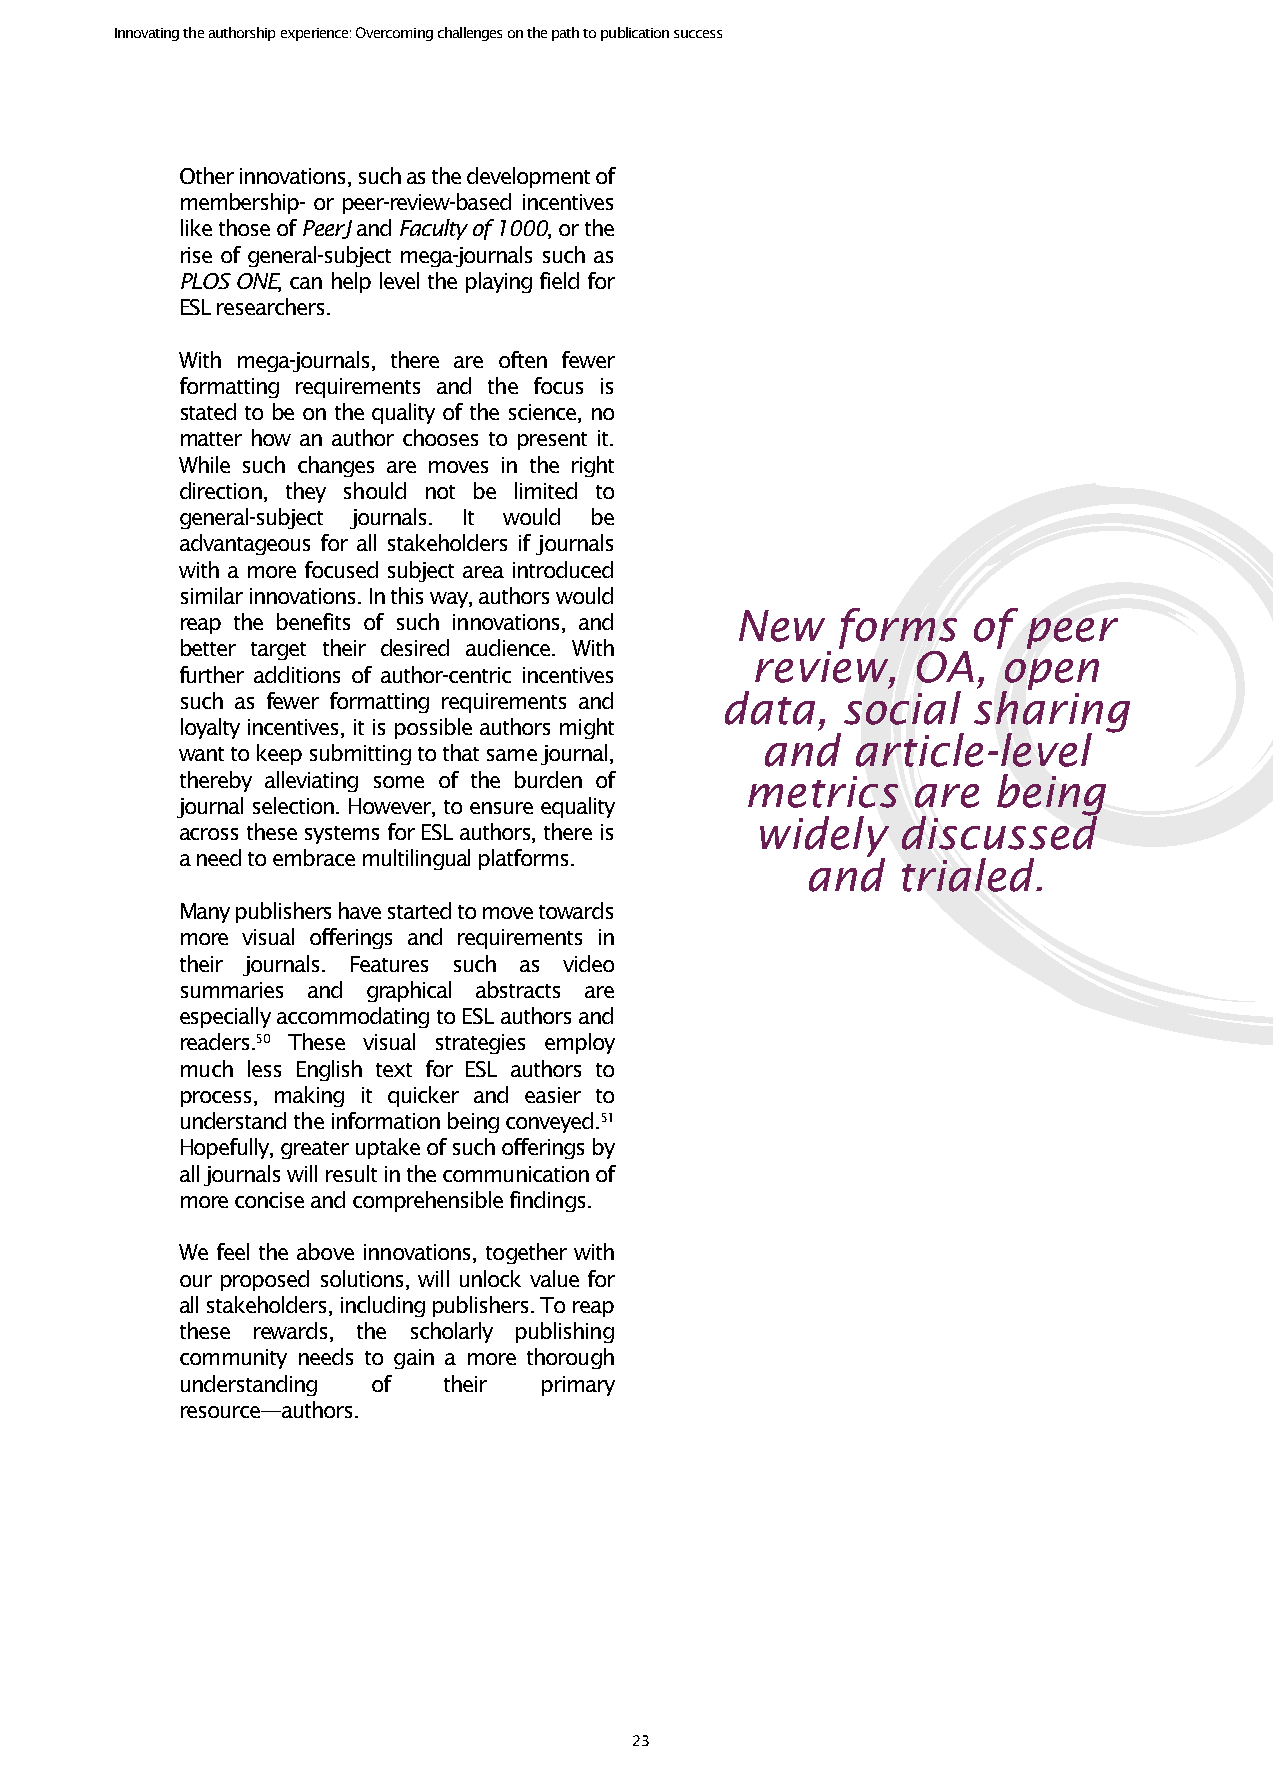
Innovating the authorship experience: Overcoming challenges on the path to publication success
 Other innovations, such as the development of
 membership- or peer-review-based incentives
 like those of PeerJ and Faculty of 1000, or the
 rise of general-subject mega-journals such as
 PLOS ONE, can help level the playing field for
 ESL researchers.
 With mega-journals, there are often fewer
 formatting requirements and the focus is
 stated to be on the quality of the science, no
 matter how an author chooses to present it.
 While such changes are moves in the right
 direction, they should not be limited to
 general-subject journals. It would be
 advantageous for all stakeholders if journals
 with a more focused subject area introduced
 similar innovations. In this way, authors would
 reap the benefits of such innovations, and New forms of peer
 better target their desired audience. With
 review,   OA,   open
 further additions of author-centric incentives
 such as fewer formatting requirements and data, social sharing
 loyalty incentives, it is possible authors might
 and   article-level
 want to keep submitting to that same journal,
 thereby alleviating some of the burden of metrics are being
 journal selection. However, to ensure equality
 widely   discussed
 across these systems for ESL authors, there is
 a need to embrace multilingual platforms.
 and   trialed.
 Many publishers have started to move towards
 more visual offerings and requirements in
 their journals. Features such as video
 summaries and graphical abstracts are
 especially accommodating to ESL authors and
 readers.50 These visual strategies employ
 much less English text for ESL authors to
 process, making it quicker and easier to
 understand the information being conveyed.51
 Hopefully, greater uptake of such offerings by
 all journals will result in the communication of
 more concise and comprehensible findings.
 We feel the above innovations, together with
 our proposed solutions, will unlock value for
 all stakeholders, including publishers. To reap
 these rewards, the scholarly publishing
 community needs to gain a more thorough
 understanding of their  primary
 resource—authors.
 23